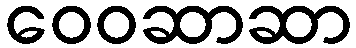
ဝေဝဆာဆာ